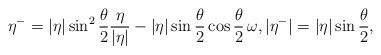
LaTeX: \begin{align*} \eta^- = |\eta| \sin^2\frac{\theta}{2} \frac{\eta}{|\eta|} - |\eta| \sin\frac{\theta}{2}\cos\frac{\theta}{2}\, \omega, |\eta^-| = |\eta| \sin\frac{\theta}{2} , \end{align*}